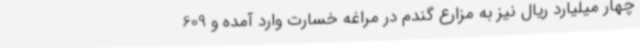
چهار میلیارد ریال نیز به مزارع گندم در مراغه خسارت وارد آمده و 609